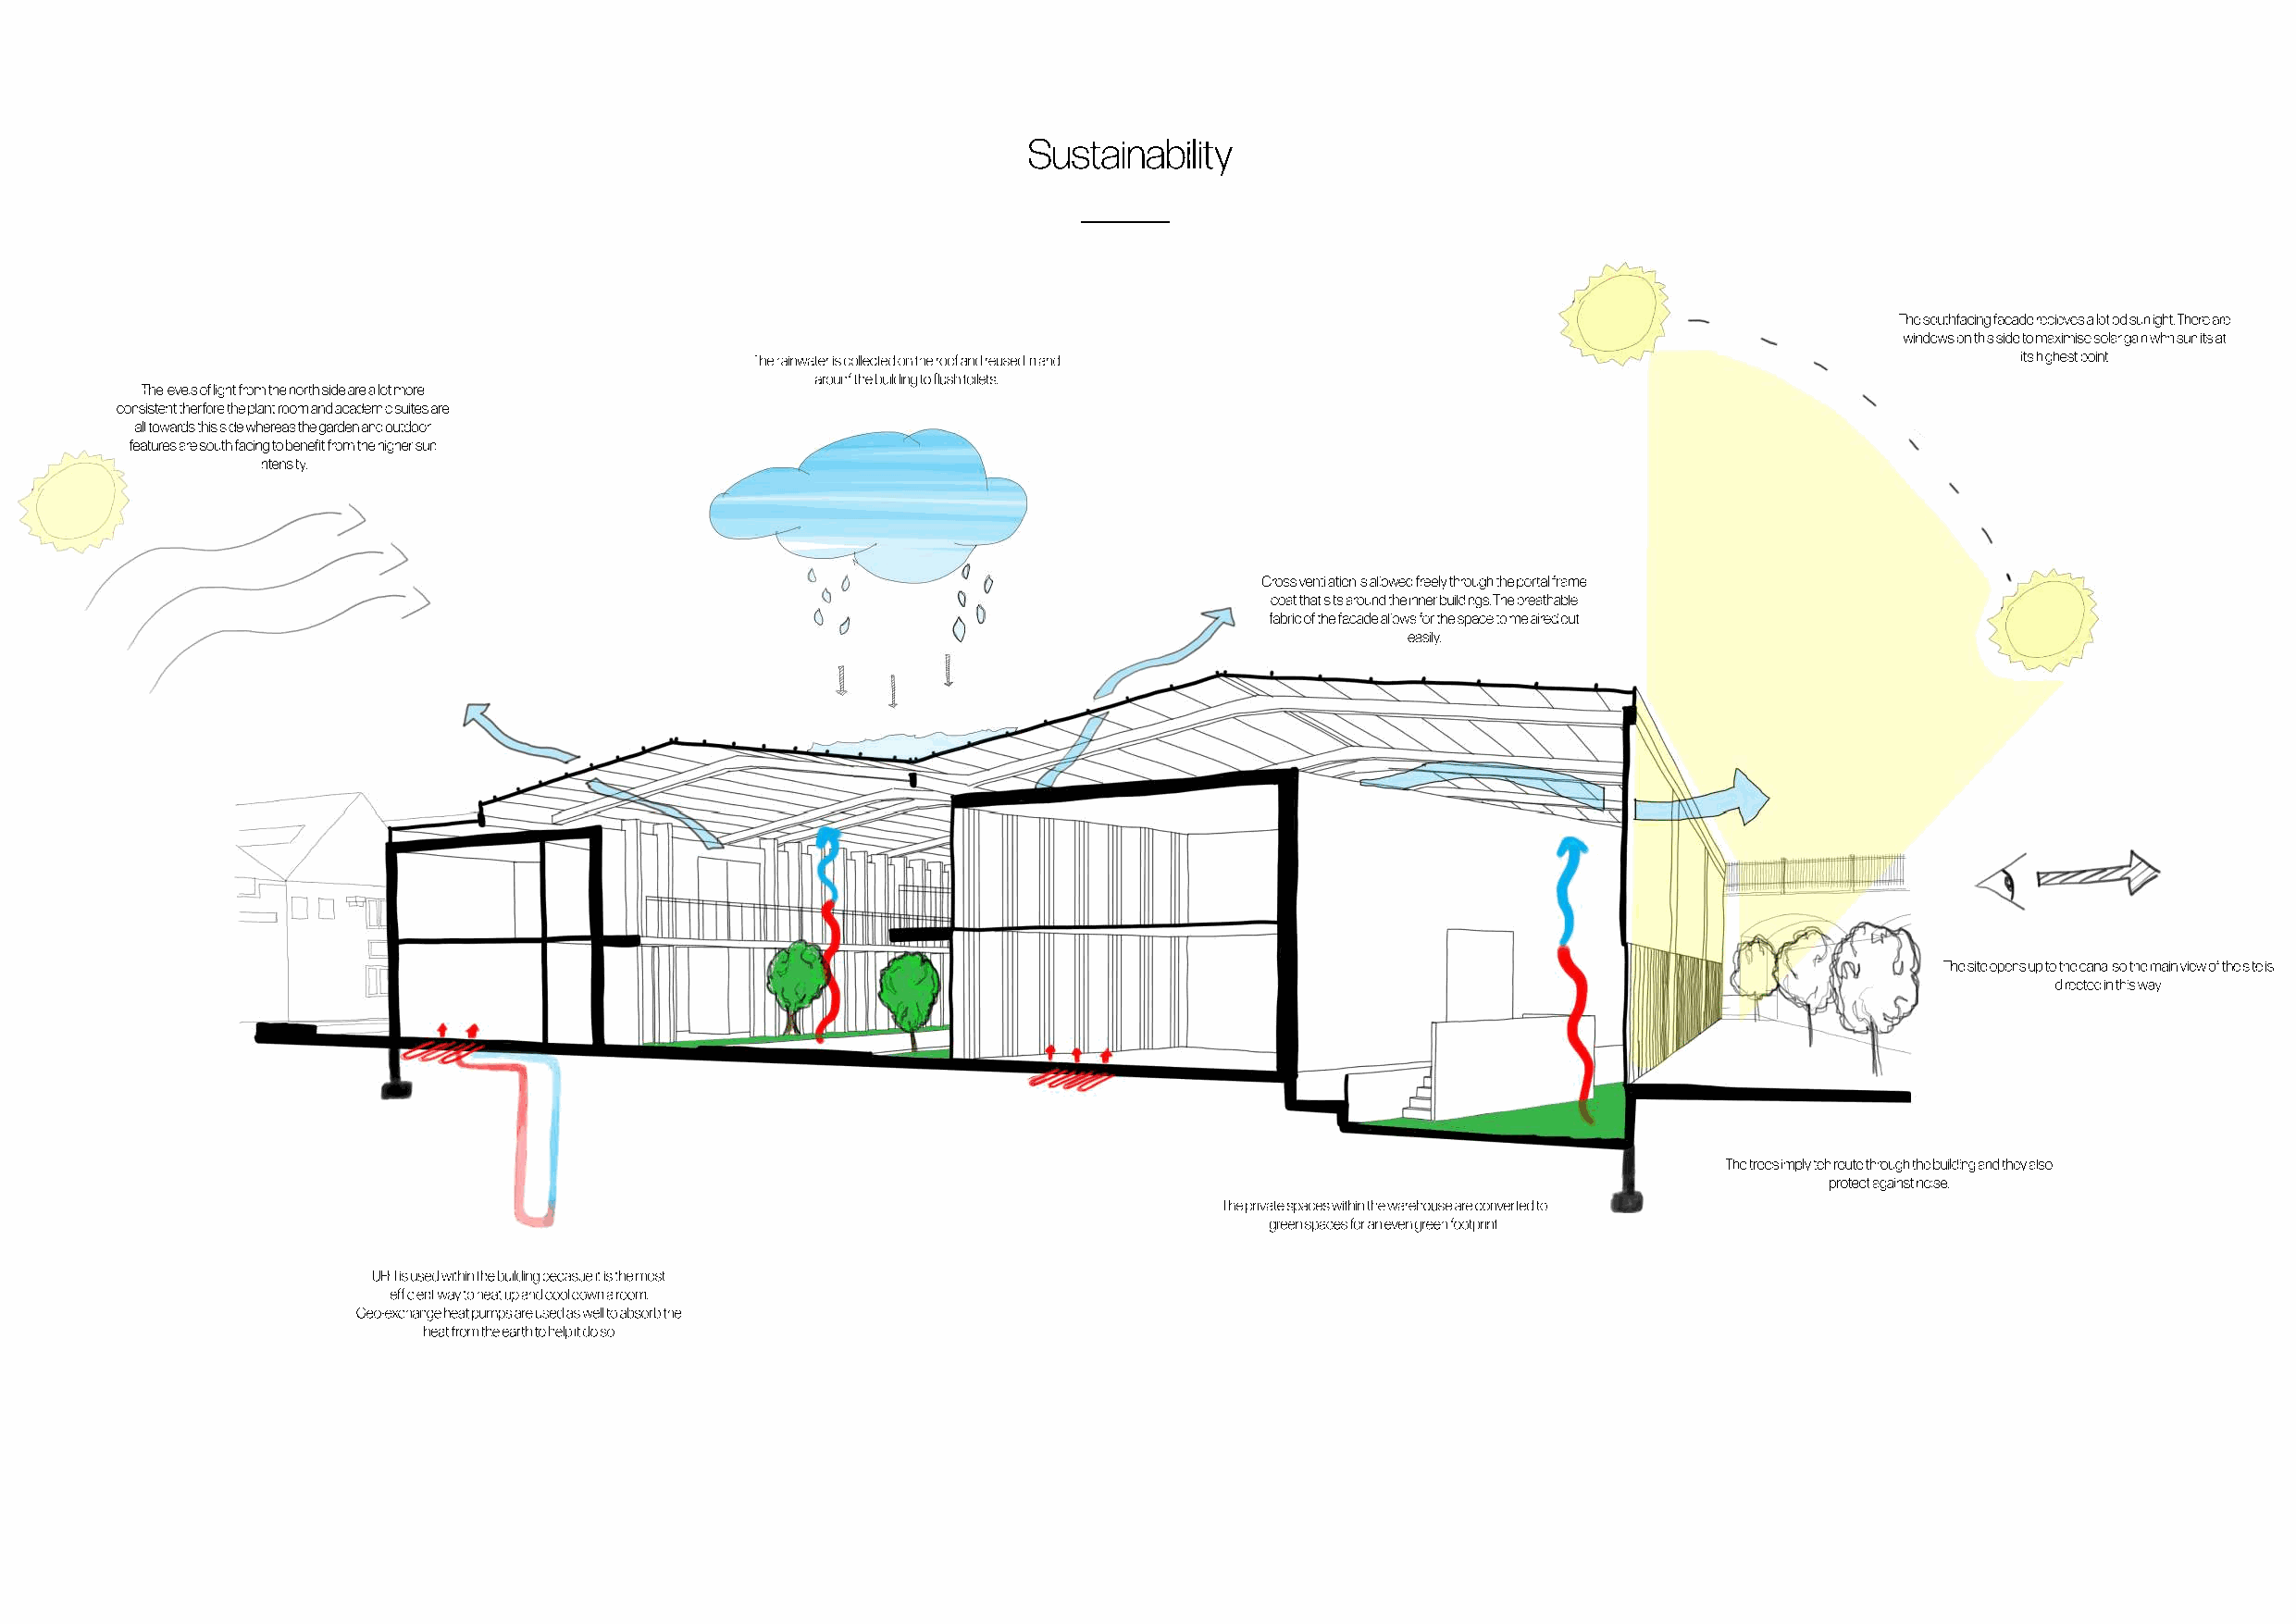
Sustainability
 The southfacing facade recieves a lot od sunlight. There are
 windows on this side to maximise solar gain whn sun its at
 The rainwater is collected on the roof and reused in and                                   its highest point
 arounf the building to flush toilets.
 The levels of light from the north side are a lot more
 consistent therfore the plant room and academic suites are
 all towards this side whereas the garden and outdoor
 features are south facing to benefit from the higher sun
 intensity.
 Cross ventilation is allowed freely through the portal frame
 coat that sits around the inner buildings. The breathable
 fabric of the facade allows for the space to me aired out
 easily.
 The site opens up to the canal so the main view of the site is
 directed in this way.
 The trees imply teh route through the building and they also
 protect against noise.
 The private spaces within the warehouse are converted to
 green spaces for an even green footprint.
 UFH is used within the building becasue it is the most
 efficient way to heat up and cool down a room.
 Geo-exchange heat pumps are used as well to absorb the
 heat from the earth to help it do so